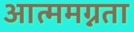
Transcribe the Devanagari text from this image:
आत्ममग्नता